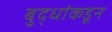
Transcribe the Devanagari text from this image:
बुद्धांकडून